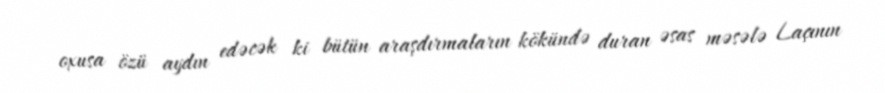
oxusa özü aydın edəcək ki bütün araşdırmaların kökündə duran əsas məsələ Laçının